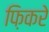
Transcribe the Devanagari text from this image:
फ़िकरे